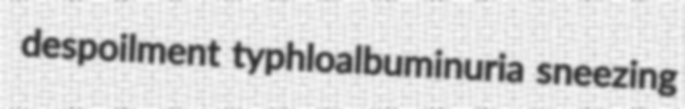
despoilment typhloalbuminuria sneezing